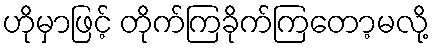
ဟိုမှာဖြင့် တိုက်ကြခိုက်ကြတော့မလို့